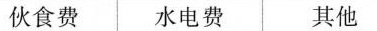
伙食费 水电费 其他